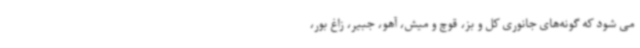
می شود که‌ گونه‌های جانوری کل و بز، قوچ و میش، آهو، جبیر، زاغ بور،